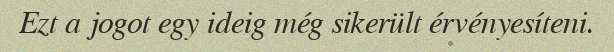
Ezt a jogot egy ideig még sikerült érvényesíteni.